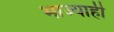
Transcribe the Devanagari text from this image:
भाज्याही